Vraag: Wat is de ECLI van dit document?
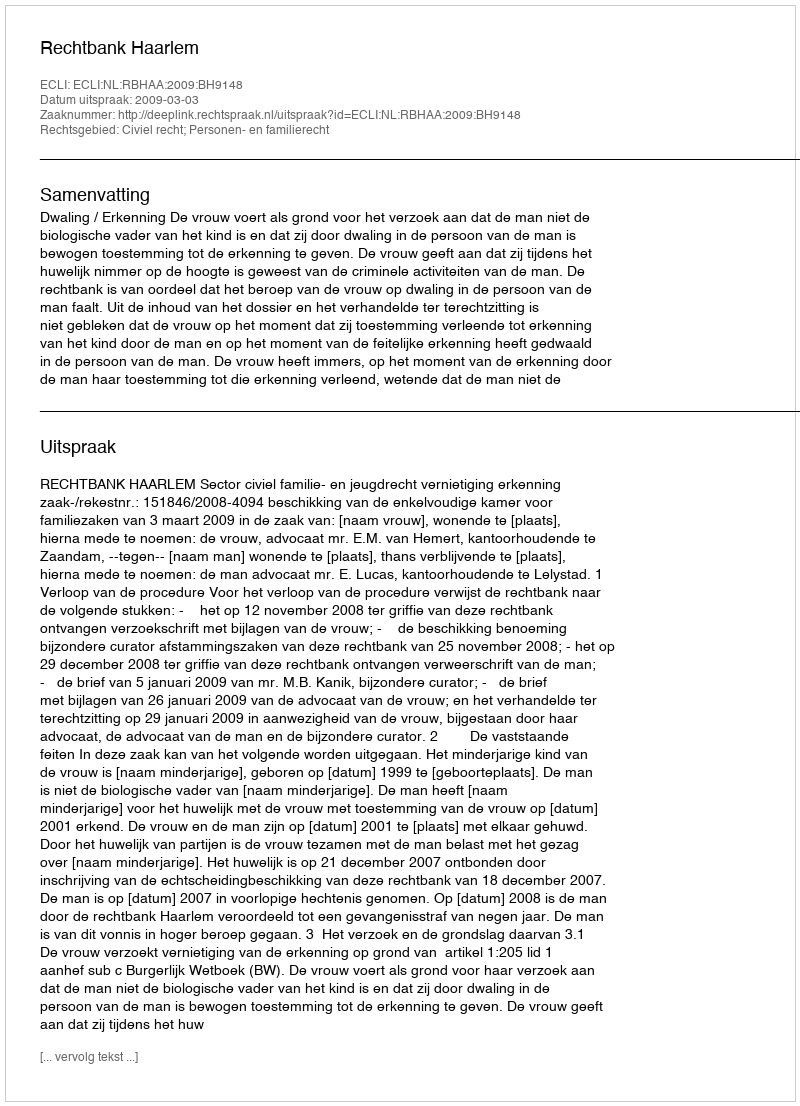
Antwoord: ECLI:NL:RBHAA:2009:BH9148